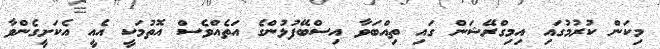
މިކަން ކުރުމުގައި އިމިގްރޭޝަން ގައި ތިއްބަވާ އިސްބޭފުޅުންގެ އަތެއްވެސް އޮތުމަކީ އެއީ އެކަށީގެންވާ